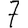
Digit: 7